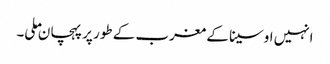
انہیں اوسینا کے مغرب کے طور پر پہچان ملی۔